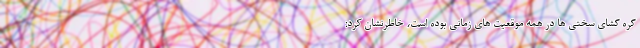
گره گشای سختی ها در همه موقعیت های زمانی بوده است، خاطرنشان کرد: